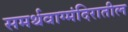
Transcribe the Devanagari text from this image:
समर्थवाग्मंदिरातील